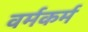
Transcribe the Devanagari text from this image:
वर्मकर्म